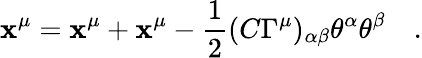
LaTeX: \mathbf{x}^{\mu}=\mathbf{x}^{\mu}+\mathbf{x}^{\mu}-{\frac{{1}}{{2}}}(C\Gamma^{\mu})_{\alpha\beta}\theta^{\alpha}\theta^{\beta}\quad.